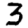
Digit: 3